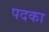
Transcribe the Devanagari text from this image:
पदका